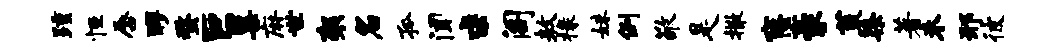
踵恒唇醪蝥巨粟麻世袈名孤闻求阁敖椽妹例敬是撒窿豪荒染著未邢彼